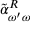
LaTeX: \: \tilde { \alpha } _ { \omega ^ { \prime } \omega } ^ { R } \: